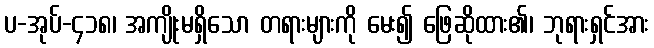
ပ-အုပ်-၄၁၈၊ အကျိုးမရှိသော တရားများကို မေး၍ ဖြေဆိုထား၏၊ ဘုရားရှင်အား